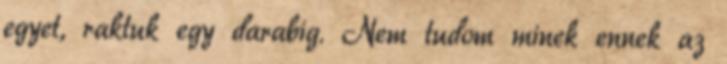
egyet, raktuk egy darabig. Nem tudom minek ennek az